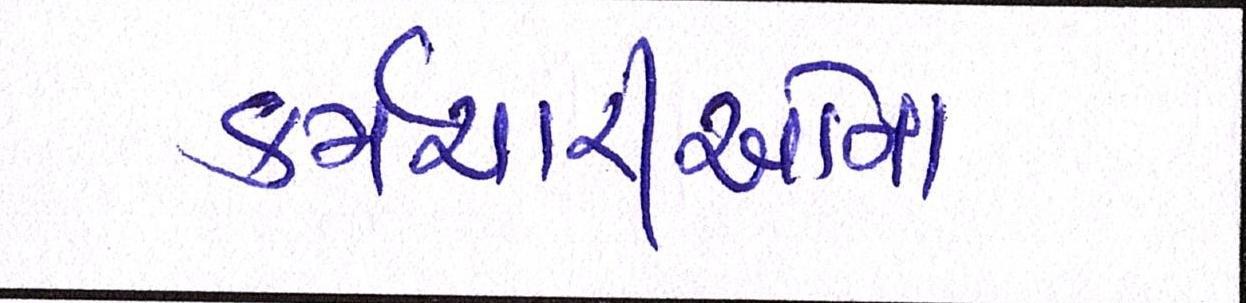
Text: કર્મચારીઓના